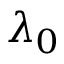
\lambda _ { 0 }